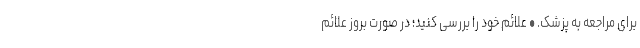
برای مراجعه به پزشک. • علائم خود را بررسی کنید؛ در صورت بروز علائم